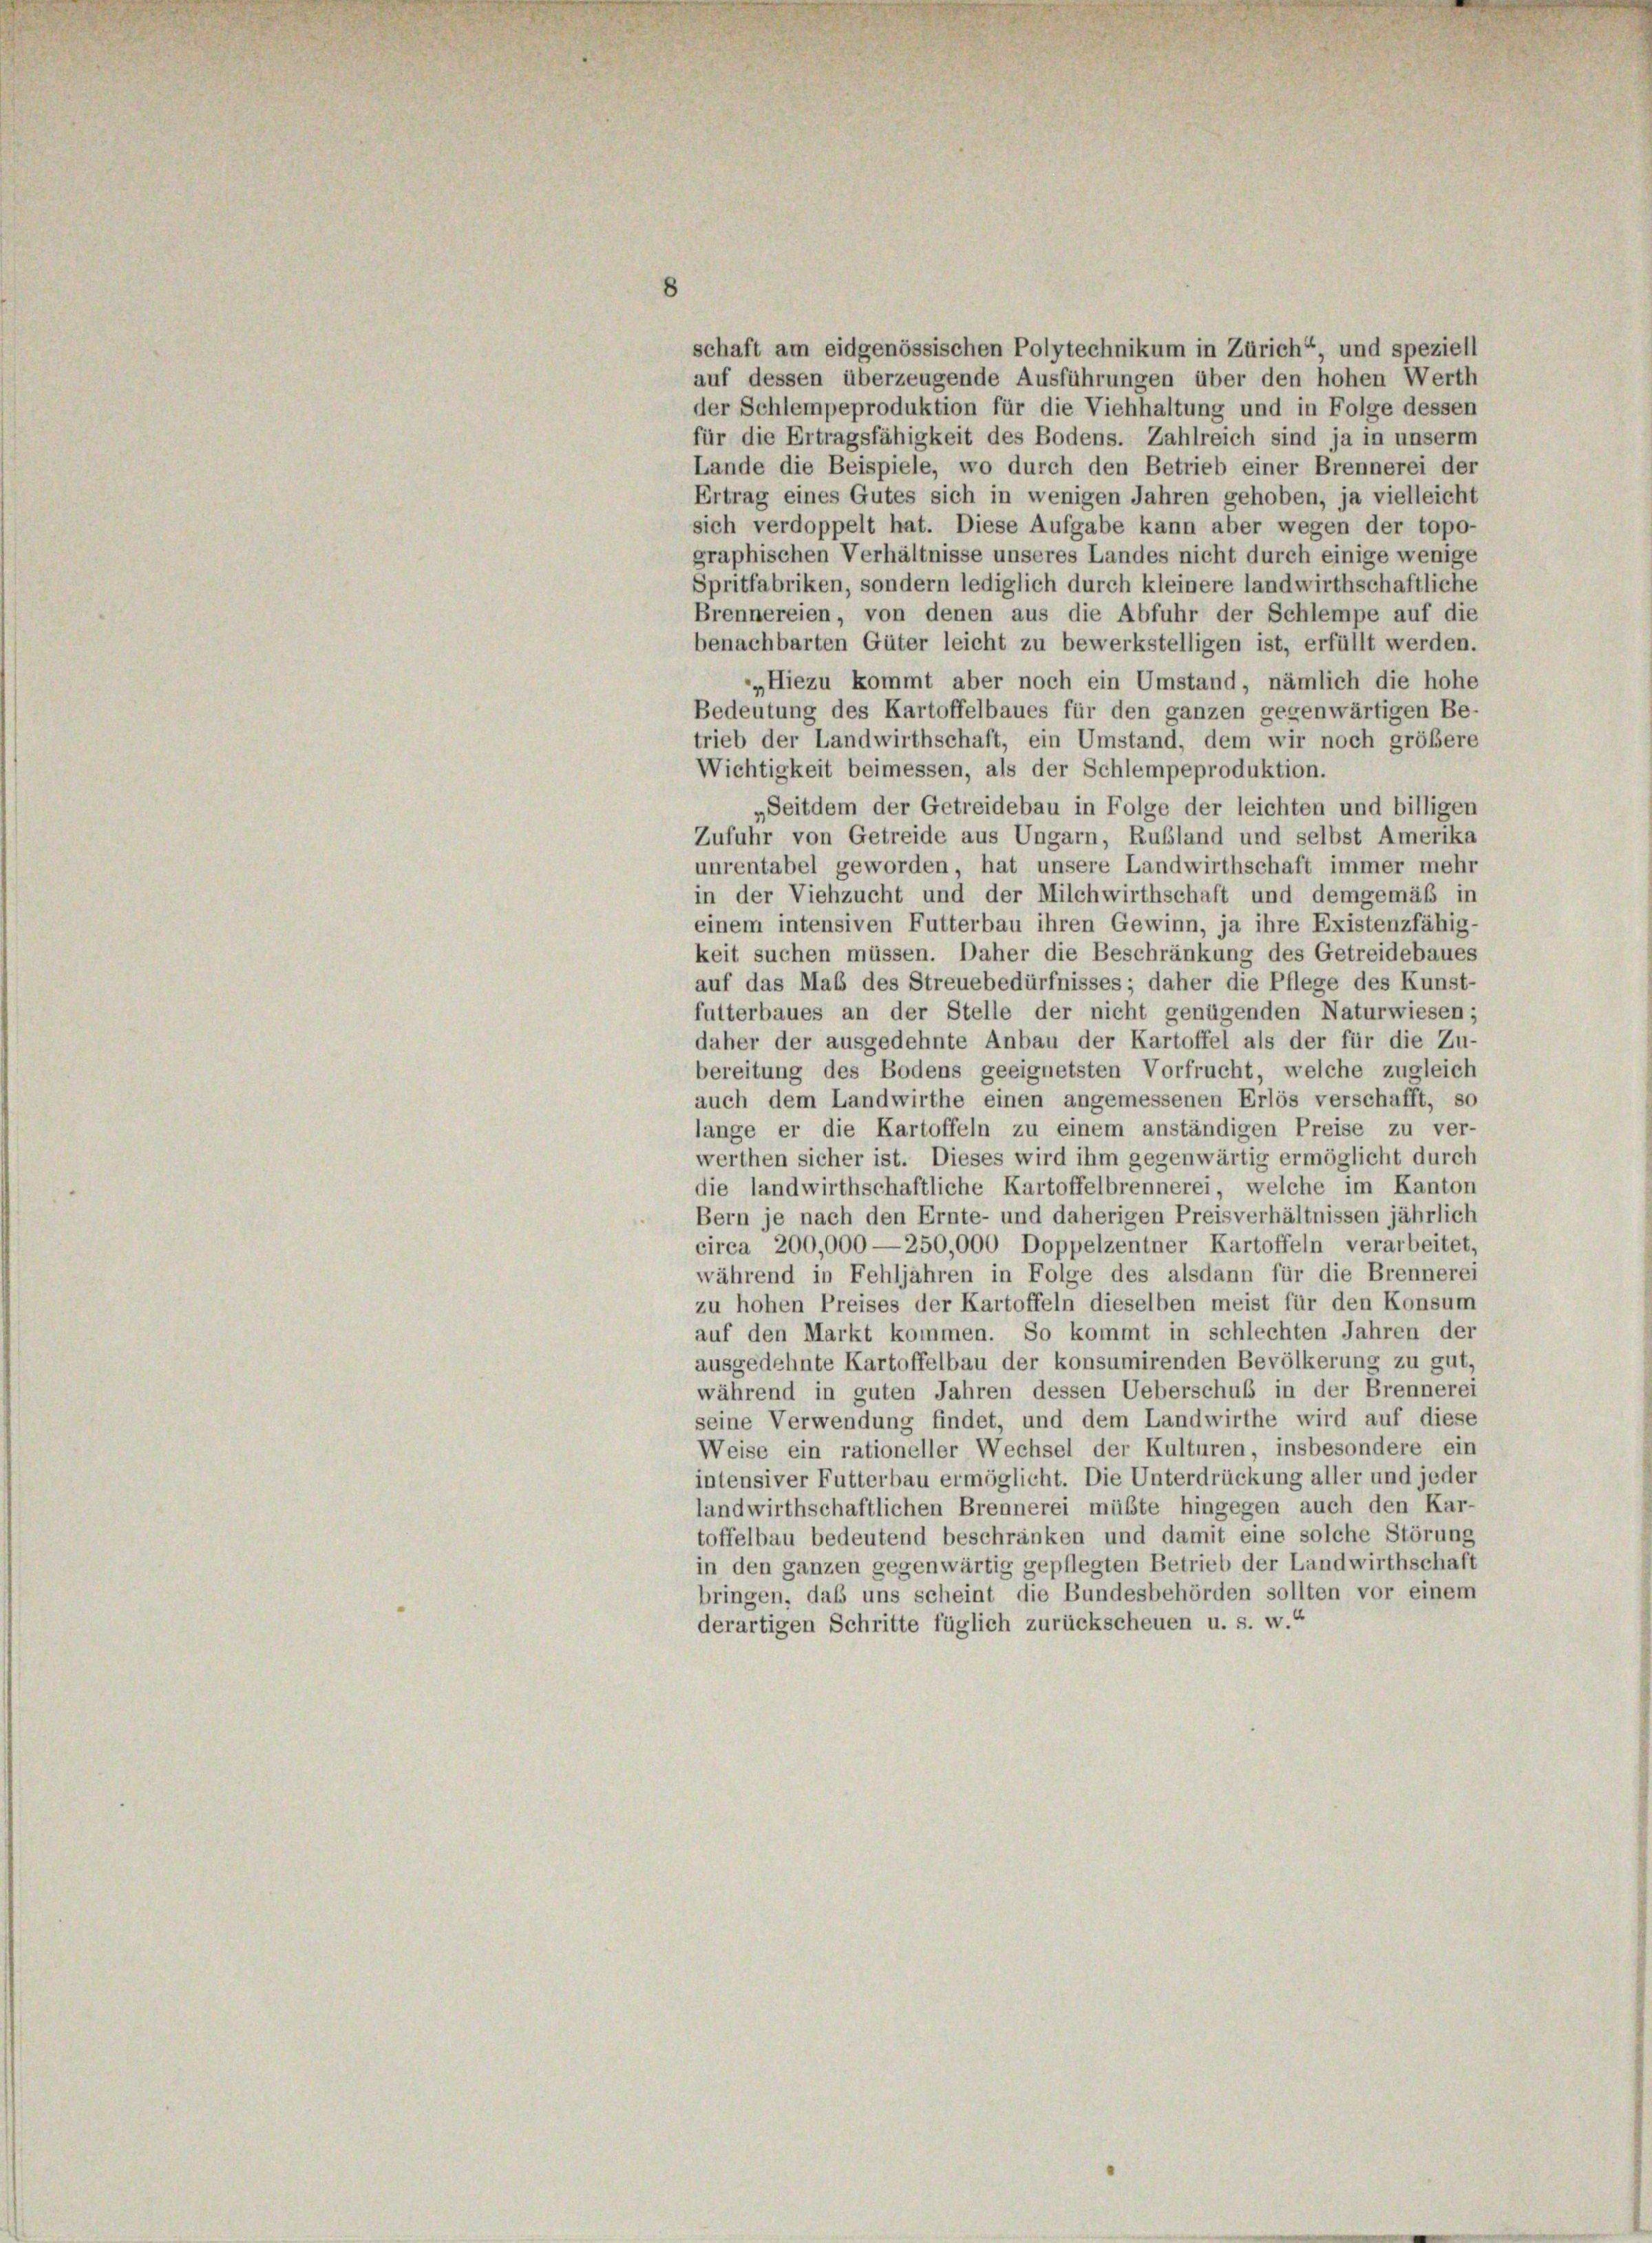
8

für die Ertragsfähigkeit des Bodens. Zahlreich sind ja in unserm
Lande die Beispiele, wo durch den Betrieb einer Brennerei der
Ertrag eines Gutes sich in wenigen Jahren gehoben, ja vielleicht
sich verdoppelt hat. Diese Aufgabe kann aber wegen der topo-
graphischen Verhältnisse unseres Landes nicht durch einige wenige
Spritfabriken, sondern lediglich durch kleinere landwirthschaftliche
Brennereien, von denen aus die Abfuhr der Schlempe auf die
benachbarten Güter leicht zu bewerkstelligen ist, erfüllt werden.
„Hiezu kommt aber noch ein Umstand, nämlich die hohe
Bedeutung des Kartoffelbaues für den ganzen gegenwärtigen Be-
trieb der Landwirthschaft, ein Umstand, dem wir noch größere
Wichtigkeit beimessen, als der Schlempeproduktion.
„Seitdem der Getreidebau in Folge der leichten und billigen
Zufuhr von Getreide aus Ungarn, Rußland und selbst Amerika
unrentabel geworden, hat unsere Landwirthschaft immer mehr
in der Viehzucht und der Milchwirthschaft und demgemäß in
einem intensiven Futterbau ihren Gewinn, ja ihre Existenzfähig-
keit suchen müssen. Daher die Beschränkung des Getreidebaues
auf das Maß des Streuebedürfnisses; daher die Pflege des Kunst-
futterbaues an der Stelle der nicht genügenden Naturwiesen;
daher der ausgedehnte Anbau der Kartoffel als der für die Zu-
bereitung des Bodens geeignetsten Vorfrucht, welche zugleich
auch dem Landwirthe einen angemessenen Erlös verschafft, so
lange er die Kartoffeln zu einem anständigen Preise zu ver-
werthen sicher ist. Dieses wird ihm gegenwärtig ermöglicht durch
die landwirthschaftliche Kartoffelbrennerei, welche im Kanton
Bern je nach den Ernte- und daherigen Preisverhältnissen jährlich
circa 200,000—250,000 Doppelzentner Kartoffeln verarbeitet,
während in Fehljahren in Folge des alsdann für die Brennerei
zu hohen Preises der Kartoffeln dieselben meist für den Konsum
auf den Markt kommen. So kommt in schlechten Jahren der
ausgedehnte Kartoffelbau der konsumirenden Bevölkerung zu gut,
während in guten Jahren dessen Ueberschub in der Brennerei
seine Verwendung findet, und dem Landwirthe wird auf diese
Weise ein rationeller Wechsel der Kulturen, insbesondere ein
intensiver Futterbau ermöglicht. Die Unterdrückung aller und jeder
landwirthschaftlichen Brennerei müßte hingegen auch den Kar-
toffelbau bedeutend beschränken und damit eine solche Störung
in den ganzen gegenwärtig gepflegten Betrieb der Landwirthschaft
bringen, daß uns scheint die Bundesbehörden sollten vor einem
derartigen Schritte füglich zurückscheuen u. s. w.“

schaft am eidgenössischen Polytechnikum in Zürich“, und speziell
auf dessen überzeugende Ausführungen über den hohen Werth
der Schlempeproduktion für die Viehhaltung und in Folge dessen